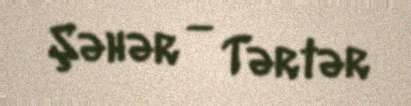
Şəhər — Tərtər